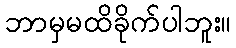
ဘာမှမထိခိုက်ပါဘူး။